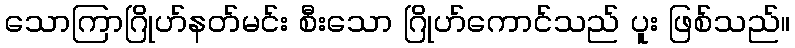
သောကြာဂြိုဟ်နတ်မင်း စီးသော ဂြိုဟ်ကောင်သည် ပူး ဖြစ်သည်။